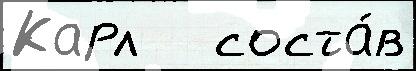
Карл   соста́в